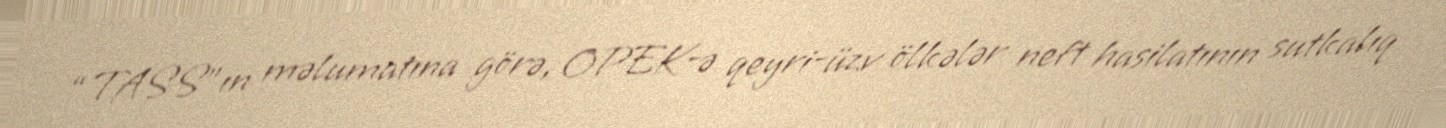
“TASS”ın məlumatına görə, OPEK-ə qeyri-üzv ölkələr neft hasilatının sutkalıq